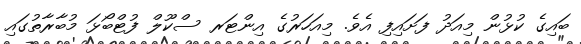
ބައިގެ ކުޅުން މިއަދު ފަށައިފި އެވެ. މިއަހަރުގެ އިންޓަރ ސްކޫލް ފުޓްބޯޅަ މުބާރާތުގައި